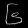
Digit: ၆